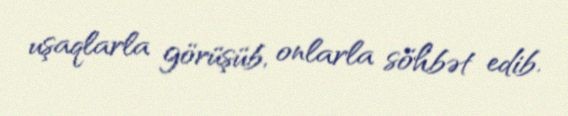
uşaqlarla görüşüb, onlarla söhbət edib.